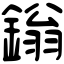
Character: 鎓